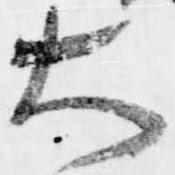
大